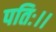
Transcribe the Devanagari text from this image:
पतिः।।